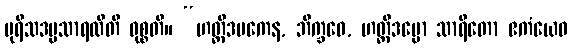
ပုရိသဒမ္မသာရထီတိ ဝုစ္စတိ။ “ဟတ္ထိဒမကေန, ဘိက္ခဝေ, ဟတ္ထိဒမ္မော သာရိတော ဧကံယေဝ